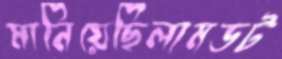
মানিয়েছিলামডট